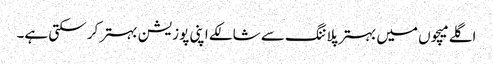
اگلے میچوں میں بہتر پلاننگ سے شالکے اپنی پوزیشن بہتر کر سکتی ہے۔